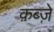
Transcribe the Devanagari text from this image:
क़ब्जे़